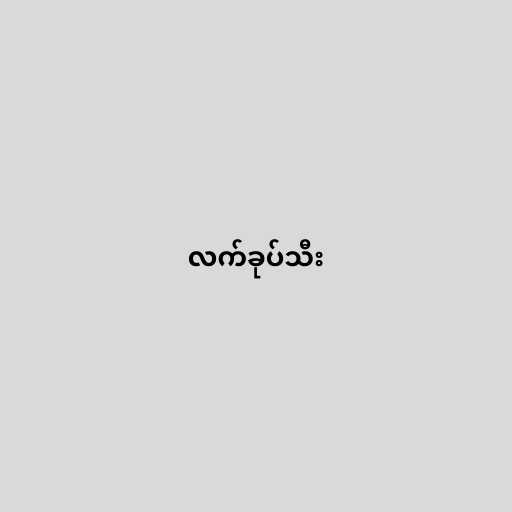
လက်ခုပ်သီး